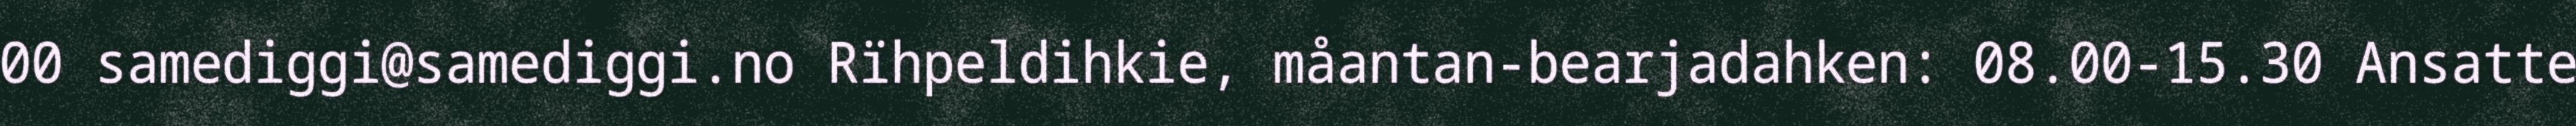
00 samediggi@samediggi.no Rïhpeldihkie, måantan-bearjadahken: 08.00-15.30 Ansatte